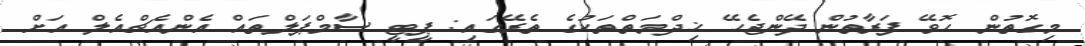
މިގޮތުން ހޮވޭ ފަރާތުން ދޭންޖެހޭ ޚިދްމަތްތަކުގެ ތެރޭގައި: ޕީޓީ ސާމްޕަލްތައް އެންއެޗްއެލް އަށް